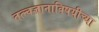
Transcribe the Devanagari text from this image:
तत्त्वज्ञानाविषयीच्या